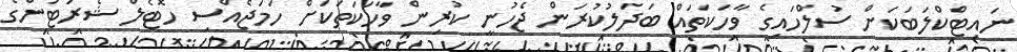
ނައިޓްކްލަބަކަށް ސުލްހައިގެ ވާހަކަތައް ބަދަލުކުރަން ޖެހުނީ ކުރިން ވާހަކަތަކަށް ހަމަޖެއްސި ހޮޓެލް ޝެރަޓަންގެ